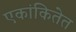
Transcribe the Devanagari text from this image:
एकांकितेत